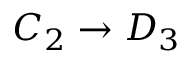
C _ { 2 } \to D _ { 3 }